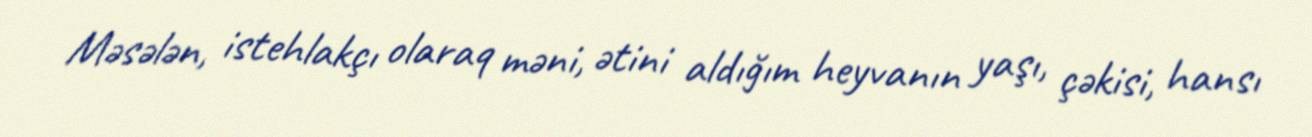
Məsələn, istehlakçı olaraq məni, ətini aldığım heyvanın yaşı, çəkisi, hansı